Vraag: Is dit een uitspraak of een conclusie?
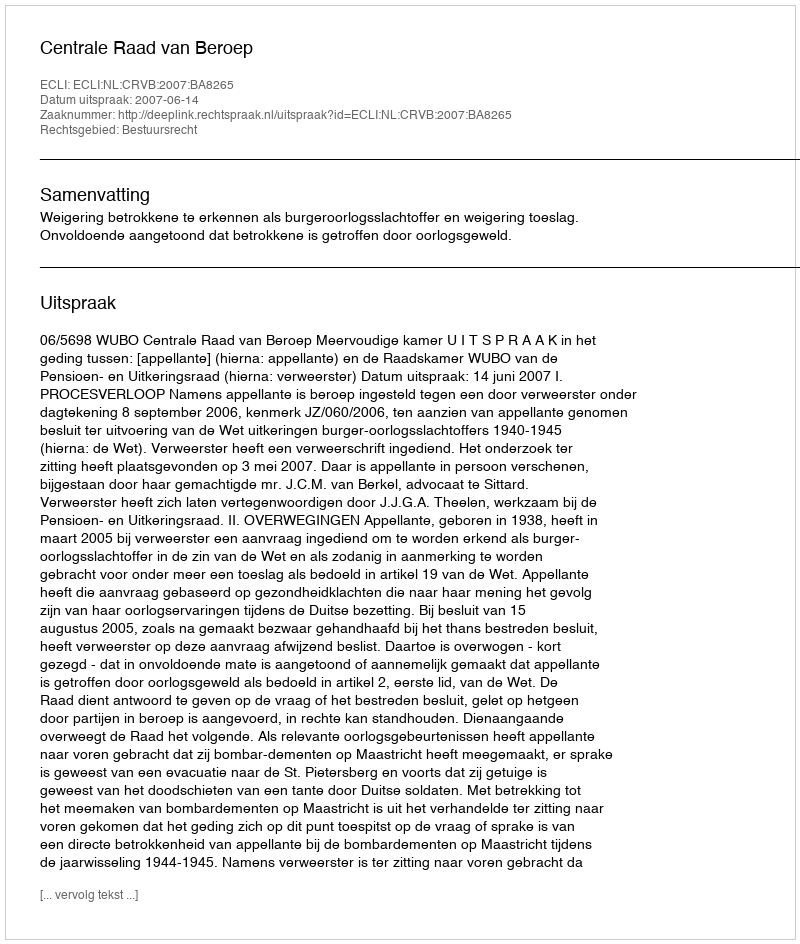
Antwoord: Uitspraak